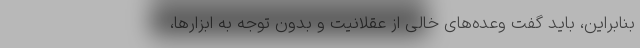
بنابراین، باید گفت وعده‌های خالی از عقلانیت و بدون توجه به ابزارها،